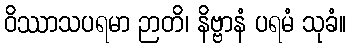
ဝိဿာသပရမာ ဉာတိ၊ နိဗ္ဗာနံ ပရမံ သုခံ။